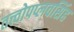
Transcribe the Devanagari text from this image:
तत्त्वोपप्लवसिंह